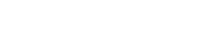
ကောင်းကောင်းသိသည်